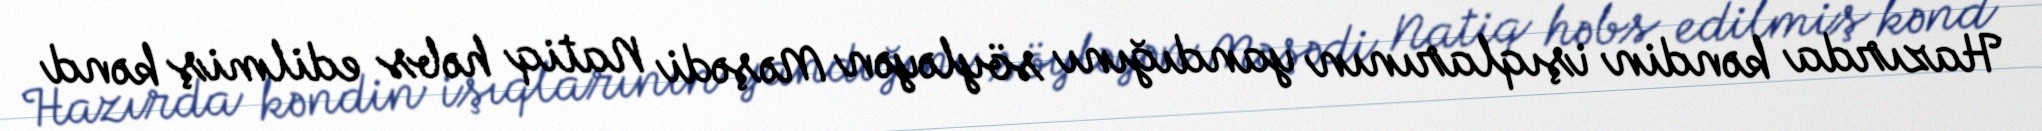
Hazırda kəndin işıqlarının yandığını söyləyən Məşədi Natiq həbs edilmiş kənd